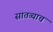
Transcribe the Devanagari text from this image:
सातव्याच